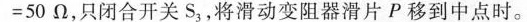
= 5 0 Ω$$，只闭合开关S_{3}，将滑动变阻器滑片P移到中点时。